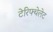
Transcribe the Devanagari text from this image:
टेरिफ्थेलेट